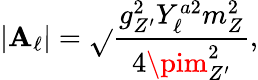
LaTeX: \left|\mathbf{A}_{\ell}\right|=\sqrt{}{{\frac{{g_{Z^{\prime}}^{2}Y_{\ell}^{a2}m_{Z}^{2}}}{{4\pim_{Z^{\prime}}^{2}}}}},